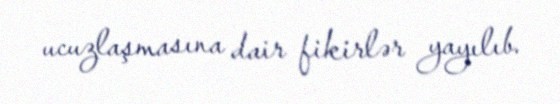
ucuzlaşmasına dair fikirlər yayılıb.